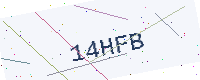
Text: 14HFB